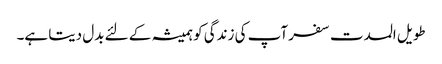
طویل المدت سفر آپ کی زندگی کو ہمیشہ کے لئے بدل دیتا ہے۔